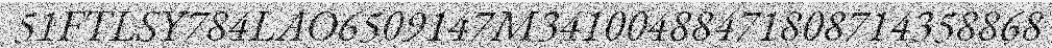
51FTLSY784LAO6509147M34100488471808714358868